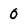
Character: 0